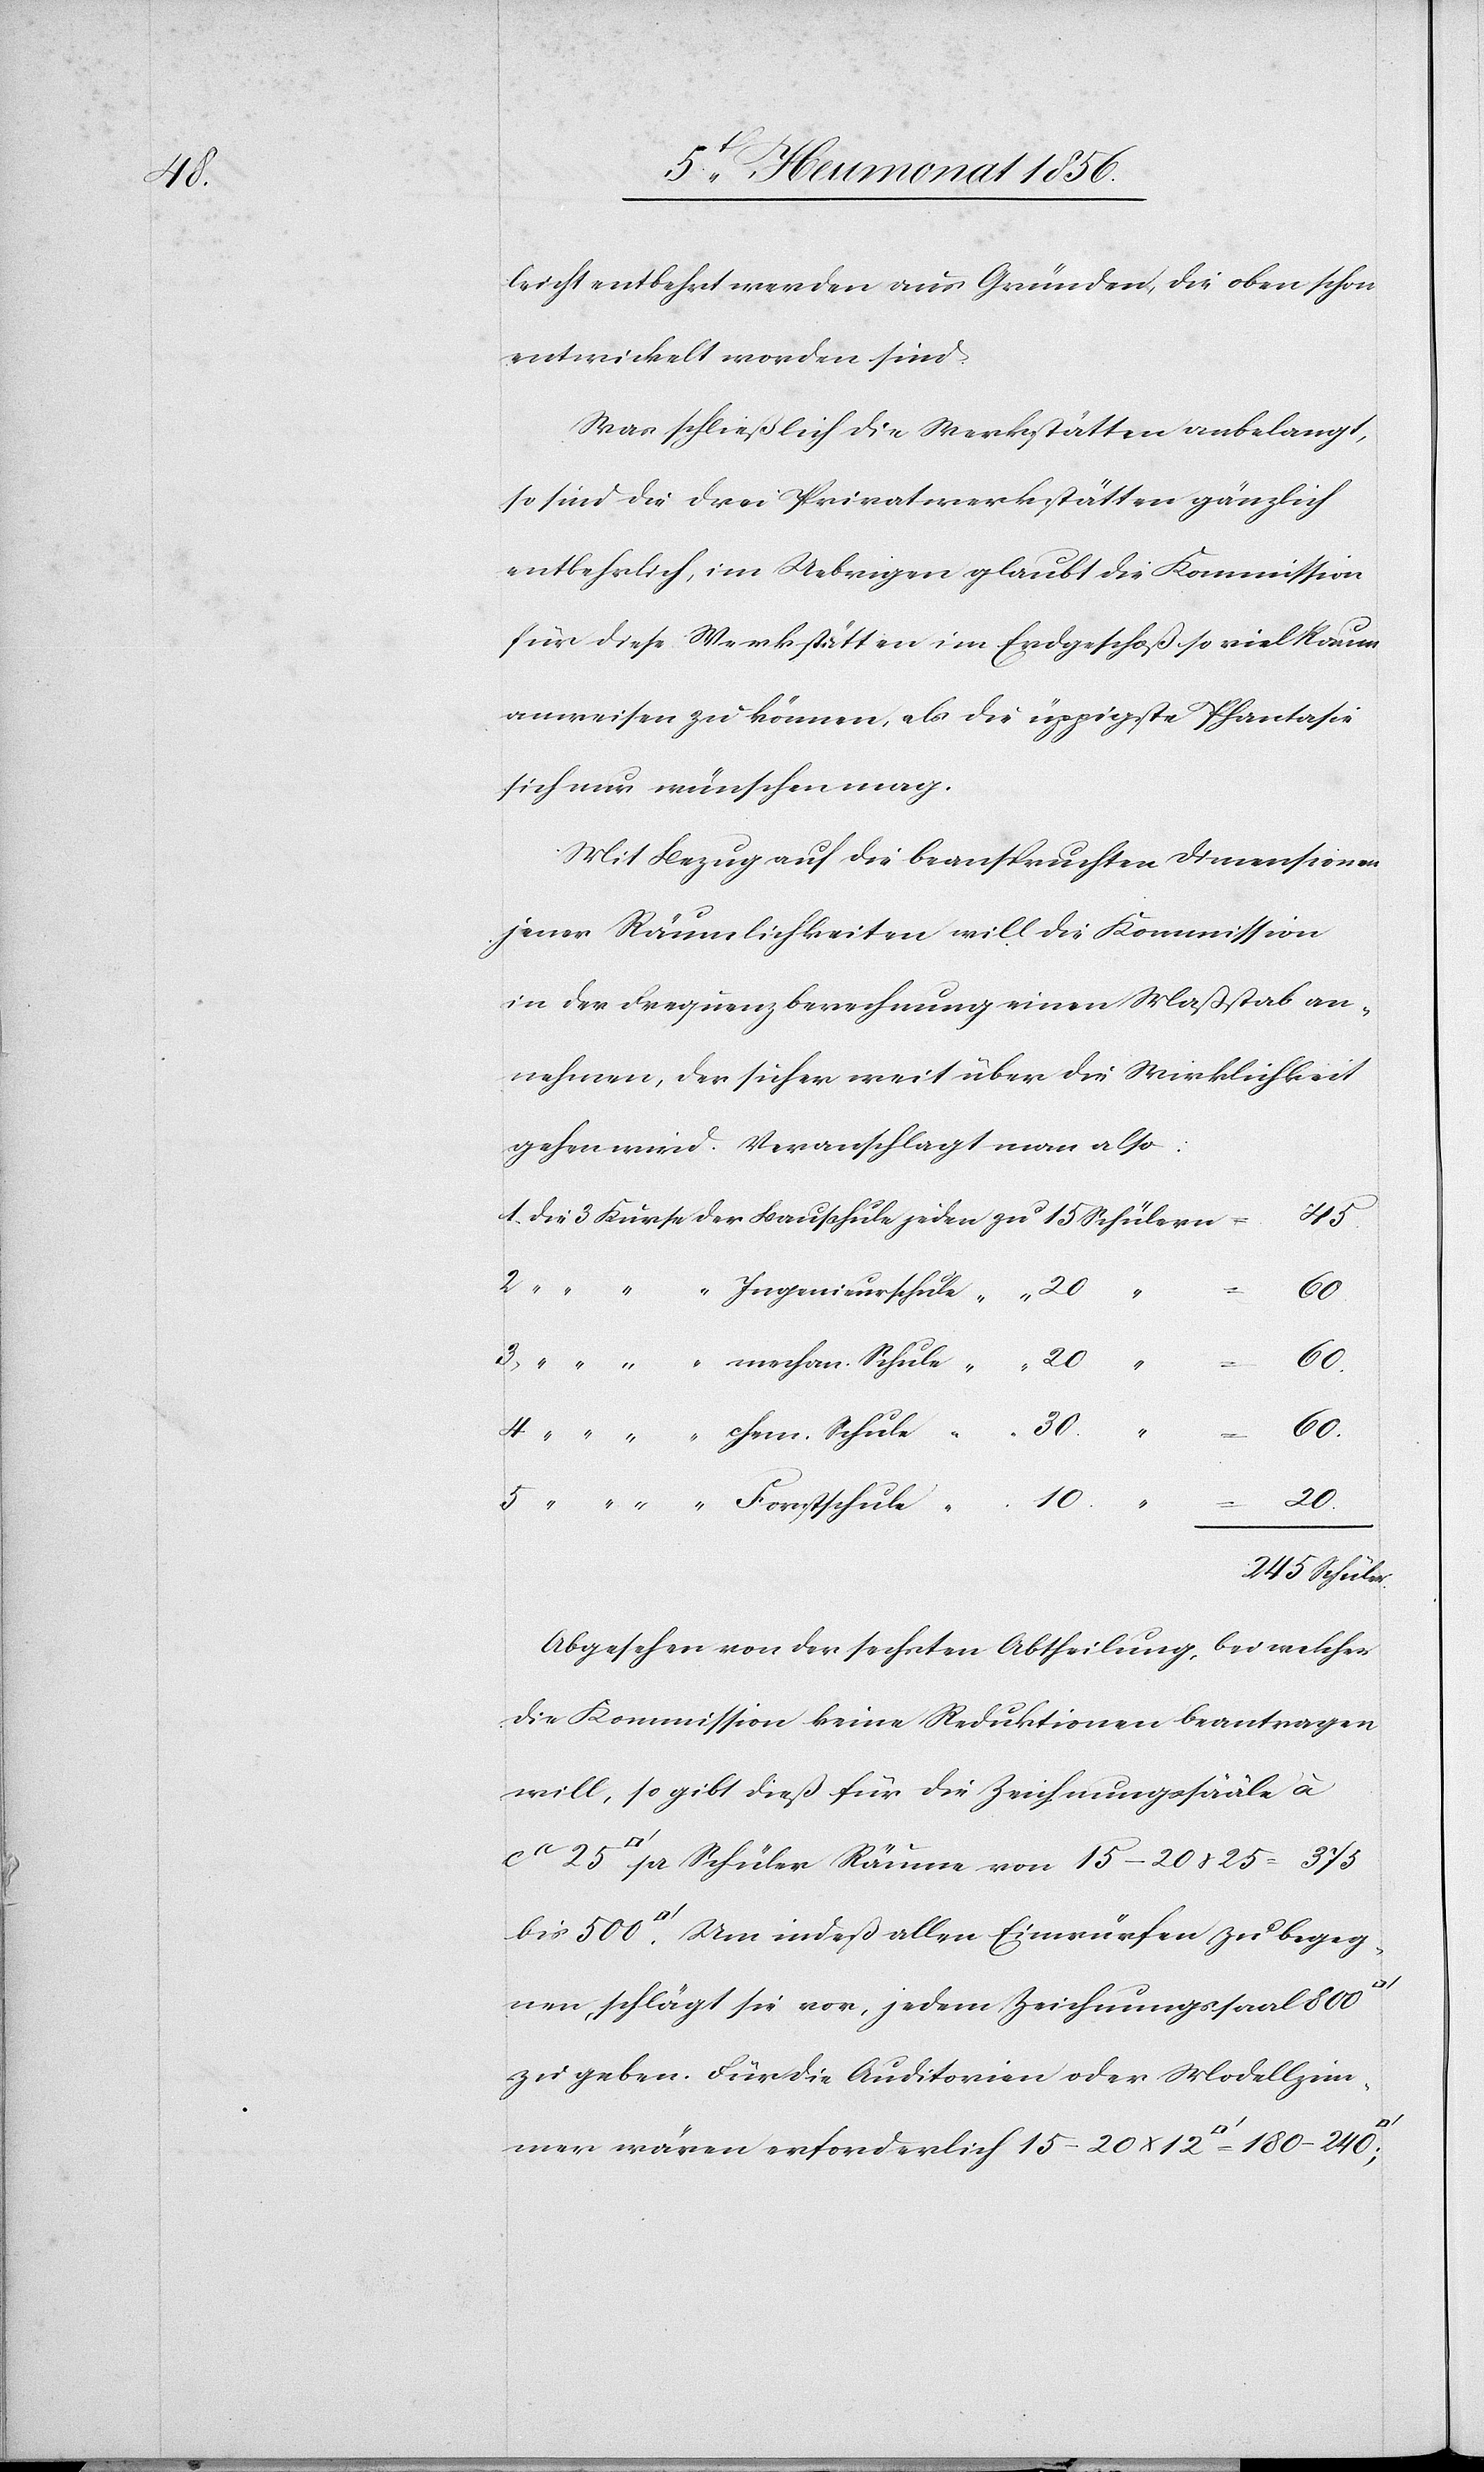
4.

leicht entbehrt werden aus Gründen, die oben schon
entwickelt worden sind.
Was schließlich die Werkstätten anbelangt,
so sind die drei Privatwerkstätten gänzlich
entbehrlich, im Uebrigen glaubt die Kommission
für diese Werkstätten im Erdgeschoß so viel Raum
anweisen zu können, als die üppigste Phantasie
sich nur wünschen mag.
Mit Bezug auf die beanspruchten Dimensionen
jener Räumlichkeiten will die Kommission
in der Frequenzberechnung einen Maßstab an¬
nehmen, der sicher weit über die Wirklichkeit
gehen wird. Veranschlagt man also:
373
[Qua¬
bis
drat¬
“
15–20
x
25
245 Schüler.
Absehen von der sechsten Abtheilung, bei welcher
die Kommission keine Reduktionen beantragen
will, so gibt dieß für die Zeichnungssääle à
fuss]. Um indeß allen Einwürfen zu begeg¬
nen, schlägt sie vor, jedem Zeichnungssaal 800
zu geben. Für die Auditorien oder Modellzim¬
mer wären erforderlich 15–20 x 12